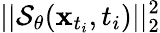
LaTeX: ||\mathcal{S}_{\theta}(\mathbf{{x}}_{t_{i}},t_{i})||_{2}^{2}